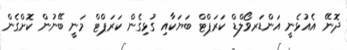
ދޮނޭ އެެއުޅެނީ އަންޑަރވޯލްޑް ކަރަޕްޓް ބަޔަކާއި ގުޅިގެން ކަރަޕްޓް މަނީ ބޭނުން ކޮށްގެން